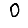
Digit: 0